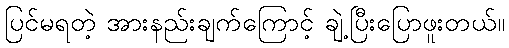
ပြင်မရတဲ့ အားနည်းချက်ကြောင့် ချဲ့ပြီးပြောဖူးတယ်။